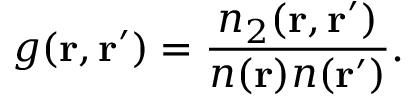
g ( \ensuremath { \mathbf { r } } , \ensuremath { \mathbf { r } } ^ { \prime } ) = \frac { n _ { 2 } ( \ensuremath { \mathbf { r } } , \ensuremath { \mathbf { r } } ^ { \prime } ) } { n ( \ensuremath { \mathbf { r } } ) n ( \ensuremath { \mathbf { r } } ^ { \prime } ) } .